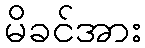
မိခင်အား